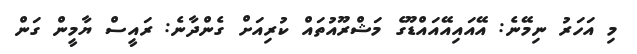
މި އަހަރު ނިމޭނެ: އޭއައިއޭއައްޑޫގެ މަޝްރޫއުތައް ކުރިއަށް ގެންދާނެ: ރައީސް ޔާމީން ގަން